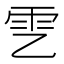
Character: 𩁶